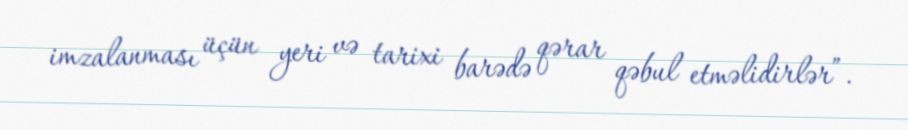
imzalanması üçün yeri və tarixi barədə qərar qəbul etməlidirlər”.